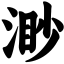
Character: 渺